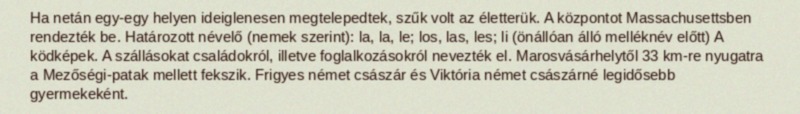
Ha netán egy-egy helyen ideiglenesen megtelepedtek, szűk volt az életterük. A központot Massachusettsben rendezték be. Határozott névelő (nemek szerint): la, la, le; los, las, les; li (önállóan álló melléknév előtt) A ködképek. A szállásokat családokról, illetve foglalkozásokról nevezték el. Marosvásárhelytől 33 km-re nyugatra a Mezőségi-patak mellett fekszik. Frigyes német császár és Viktória német császárné legidősebb gyermekeként.